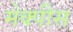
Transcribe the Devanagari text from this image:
मेक्पीस